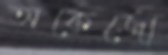
অকেজো